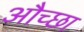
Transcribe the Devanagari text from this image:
औच्छा